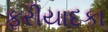
ફરીયાદકા